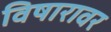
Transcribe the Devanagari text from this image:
विषारावर